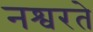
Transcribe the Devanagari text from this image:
नश्वरते